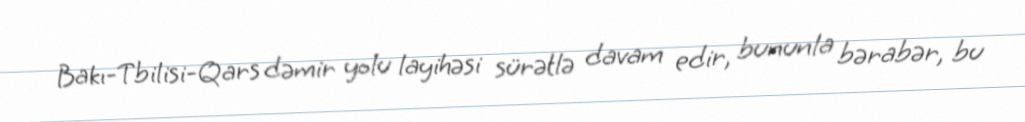
Bakı-Tbilisi-Qars dəmir yolu layihəsi sürətlə davam edir, bununla bərabər, bu